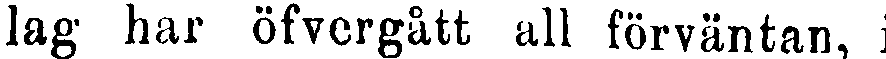
lag har öfvergått all förväntan, i